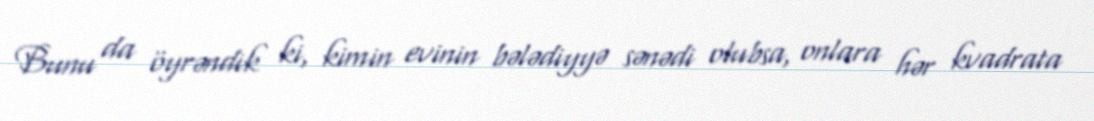
Bunu da öyrəndik ki, kimin evinin bələdiyyə sənədi olubsa, onlara hər kvadrata